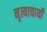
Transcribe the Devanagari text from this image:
नृत्याचार्यों